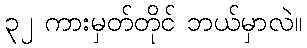
၃၂ ကားမှတ်တိုင် ဘယ်မှာလဲ။